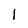
Character: l